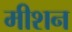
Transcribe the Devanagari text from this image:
मीशन